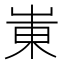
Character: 崬